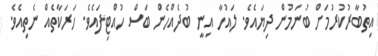
އިތުބާރުކުރުމަށް ބުނަމުން ދިޔައެވެ. ލައުހާ އިނީ ބުދެއްހެން ބަސް ހުއްޓިފައެވެ. ހަރަކާތެއް ނެތިއެވެ.